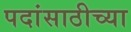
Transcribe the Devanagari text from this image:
पदांसाठीच्या